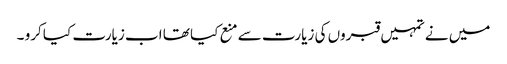
میں نے تمہیں قبروں کی زیارت سے منع کیا تھا اب زیارت کیا کرو ۔